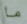
ما